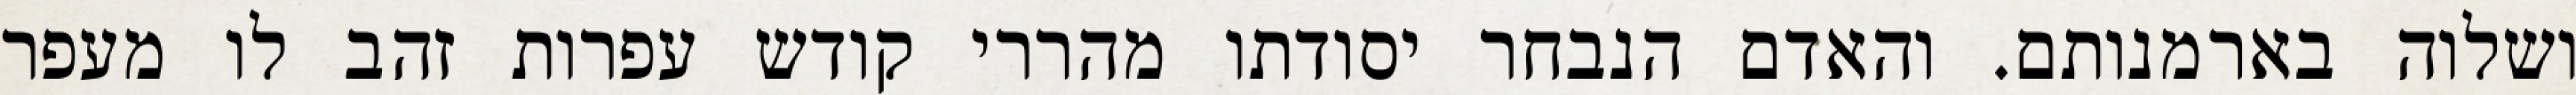
ושלוה בארמנותם. והאדם הנבחר יסודתו מהררי קודש עפרות זהב לו מעפר